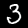
Digit: 3